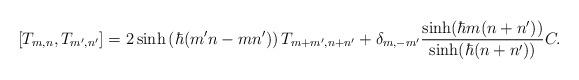
LaTeX: \begin{align*}[ T_{m,n}, T_{m', n'} ]= 2 \sinh \left( \hbar ( m'n - mn' ) \right) T_{m + m', n + n'} + \delta_{m, -m'} \frac{\sinh ( \hbar m ( n + n' ) )}{\sinh ( \hbar ( n + n' ) )} C. \end{align*}